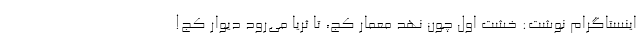
اینستاگرام نوشت: خشت اول چون نهد معمار کج، تا ثریا می‌رود دیوار کج!